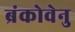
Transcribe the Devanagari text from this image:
ब्रंकोवेनु